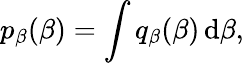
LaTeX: p_{\beta}(\beta)=\int q_{\beta}(\beta)\, \mathrm d\beta,